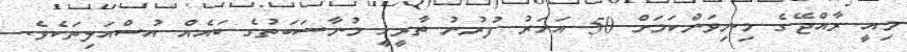
މިއީ ރާއްޖޭގެ މިނިވަންކަމަށް 50 އަހަރު ފުރުނު ތާރީހީ މުނާސަބަތުގެ ބައެއް އުސްއަލިތަކެވެ.